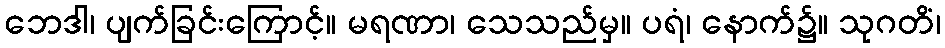
ဘေဒါ၊ ပျက်ခြင်းကြောင့်။ မရဏာ၊ သေသည်မှ။ ပရံ၊ နောက်၌။ သုဂတိံ၊